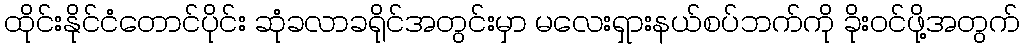
ထိုင်းနိုင်ငံတောင်ပိုင်း ဆုံခလာခရိုင်အတွင်းမှာ မလေးရှားနယ်စပ်ဘက်ကို ခိုးဝင်ဖို့အတွက်